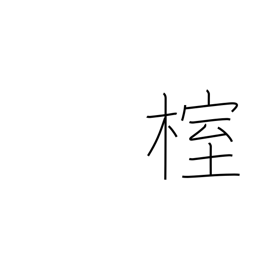
Meaning: needle juniper